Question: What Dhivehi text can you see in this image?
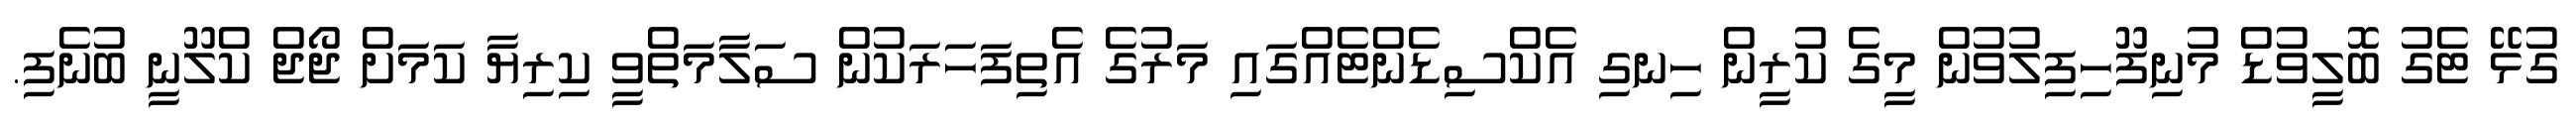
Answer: ގުޅޭ ޓެގު ބޮލީވުޑް މުނިފޫހިފިލުވުން މީގެ ކުރީން ހިނގި އެކްސިޑެންޓެއްގައި މަރުގެ އެތިފަހަރަކުން ސަލާމަތްވީ ކިރިޔާ ކަމަށް ޖޯޖް ކްލޫނީ ބުނެފި.